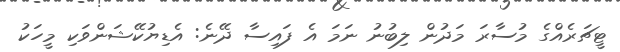
ޓީޗަރެއްގެ މުސާރަ މަދުން ލިބުނު ނަމަ އެ ފައިސާ ދޭނެ: އެޑިޔުކޭޝަންވަކި މީހަކު